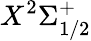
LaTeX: X^{2}\Sigma_{1/2}^{+}